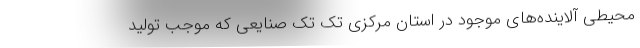
محیطی آلاینده‌های موجود در استان مرکزی تک تک صنایعی که موجب تولید